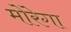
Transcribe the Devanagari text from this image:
मोरेगा